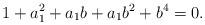
LaTeX: \begin{align*}1+a_1^2+a_1b+a_1b^2+b^4=0.\end{align*}